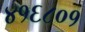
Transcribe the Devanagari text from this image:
४१६८०१